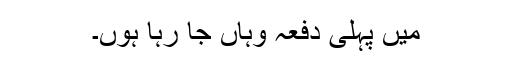
میں پہلی دفعہ وہاں جا رہا ہوں۔